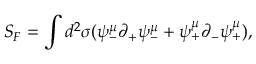
S _ { F } = \int d ^ { 2 } \sigma ( \psi _ { - } ^ { \mu } \partial _ { + } \psi _ { - } ^ { \mu } + \psi _ { + } ^ { \mu } \partial _ { - } \psi _ { + } ^ { \mu } ) ,